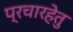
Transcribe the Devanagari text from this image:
प्रचारहेतु